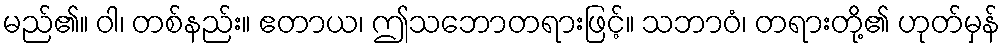
မည်၏။ ဝါ၊ တစ်နည်း။ ဧတာယ၊ ဤသဘောတရားဖြင့်။ သဘာဝံ၊ တရားတို့၏ ဟုတ်မှန်